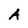
Character: A